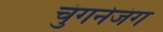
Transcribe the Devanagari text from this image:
चुंगनेजंग